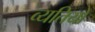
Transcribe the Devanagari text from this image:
व्यतियों